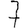
Digit: 7